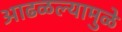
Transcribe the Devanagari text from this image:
आढळल्यामुळे